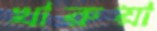
খারুয়া